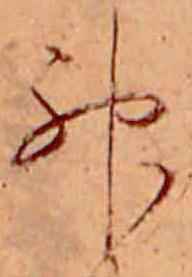
神